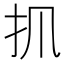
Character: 𢩰